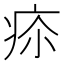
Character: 𤵲